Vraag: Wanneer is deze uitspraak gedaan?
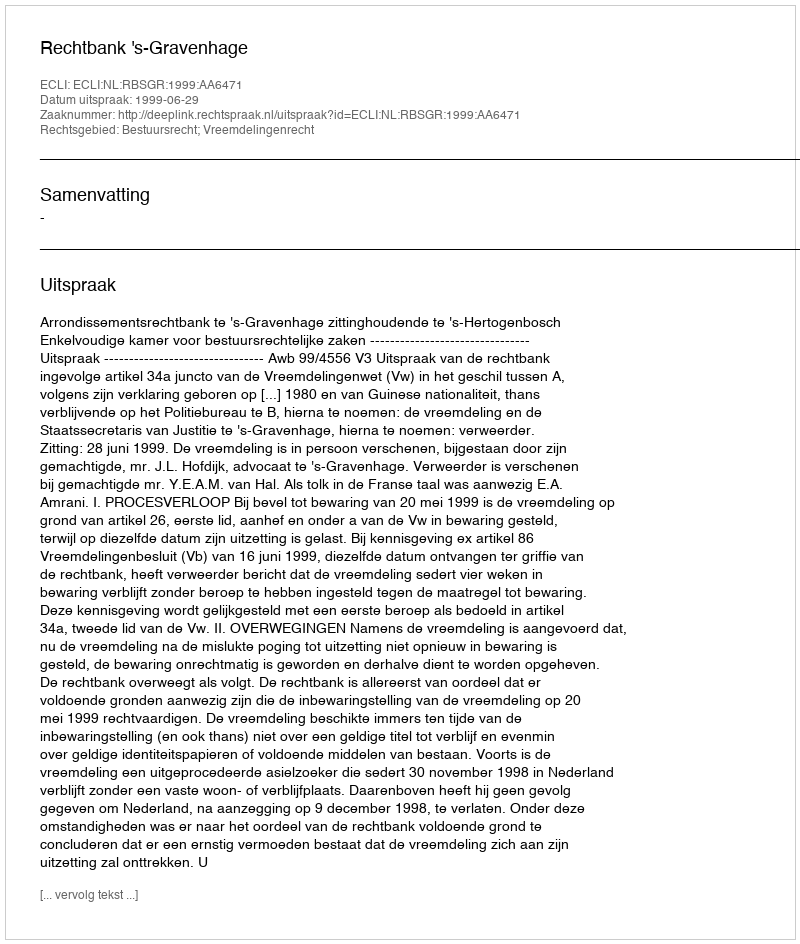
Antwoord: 1999-06-29